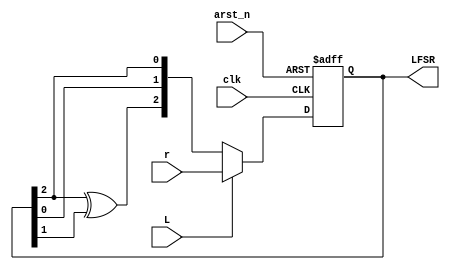
`timescale 1ns / 1ps
//////////////////////////////////////////////////////////////////////////////////
// Company: 
// Engineer: 
// 
// Design Name: 
// Module Name: Muxed_Galois_LFSR
// Project Name: 
// Target Devices: 
// Tool Versions: 
// Description: 
// 
// Dependencies: 
// 
// Revision:
// Revision 0.01 - File Created
// Additional Comments:
// 
//////////////////////////////////////////////////////////////////////////////////


module Muxed_Galois_LFSR( // 
    clk, arst_n, r, L, LFSR
);

input clk;
input arst_n;
input [2:0] r;
input L;
output reg [2:0] LFSR;

wire [2:0] D; //mux   wire

//clk   arst_n    
always @(posedge clk or negedge arst_n) begin
    if(!arst_n) LFSR <= 0; // 
    else LFSR <= D;
end

//L 1 D r, L 0 D {}  : MUX 
assign D = L ? r : {LFSR[2]^LFSR[1], LFSR[0], LFSR[2]};

endmodule